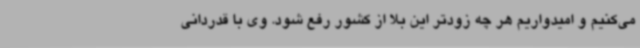
می‌کنیم و امیدواریم هر چه زودتر این بلا از کشور رفع شود. وی با قدردانی